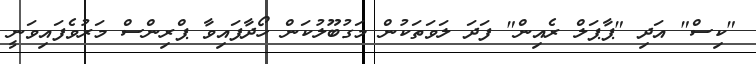
"ކިސް" އަދި "ޕާޕަލް ރެއިން" ފަދަ ލަވަތަކުން މަގުބޫލުކަން ހޯދާފައިވާ ޕްރިންސް މަރުވެފައިވަނީ